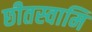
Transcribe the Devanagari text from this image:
छीतस्वामि